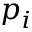
p _ { i }